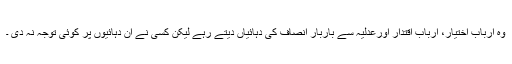
وہ ارباب اختیار، ارباب اقتدار اورعدلیہ سے باربار انصاف کی دہائیاں دیتے رہے لیکن کسی نے ان دہائیوں پر کوئی توجہ نہ دی ۔